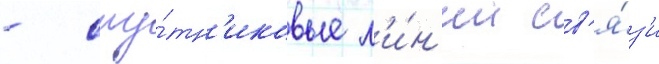
- спу́тн'иковые л'и́н'ии св'я́з'и